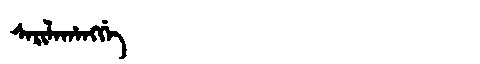
Manchu: ᠰᠠᡵᡳᠯᠠᡥᠠᠩᡤᡝ
Romanization: SARILAHANGGE